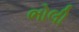
ભોલી